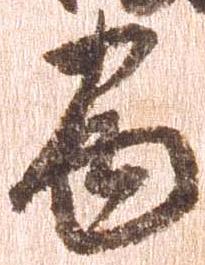
巻